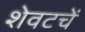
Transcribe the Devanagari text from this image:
शेवटचें